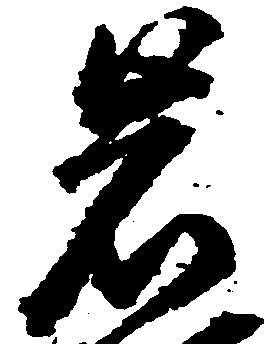
岩